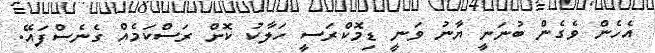
އެހެން ވެގެން ބުނަނީ ޔާނު ވަނީ ޑިމޮކްރަސީ ހަލާކު ކޮށް ރަސްކަމެއް ގެނެސްފައޭ.